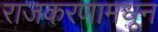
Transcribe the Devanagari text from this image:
राजकरणामधून